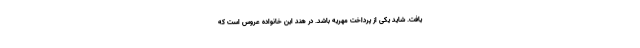
یافت. شاید یکی از پرداخت مهریه باشد. در هند این خانواده عروس است که